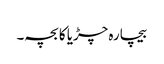
بیچارہ چڑیا کا بچہ۔